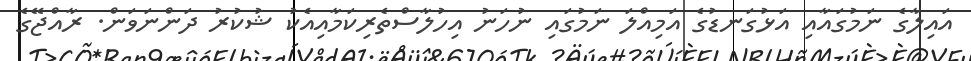
އައިލާގެ ނަމުގައާއި އަޅުގަނޑުގެ އަމިއްލަ ނަމުގައި ނުހަނު އިހުލާސްތެރިކަމާއިއެކު ޝުކުރު ދަންނަވަން. ރާއްޖޭގެ